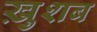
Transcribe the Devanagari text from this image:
ख़ुशब